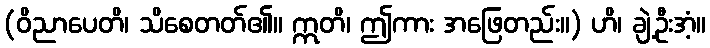
(ဝိညာပေတိ၊ သိစေတတ်၏။ ဣတိ၊ ဤကား အဖြေတည်း။) ဟိ၊ ချဲ့ဦးအံ့။